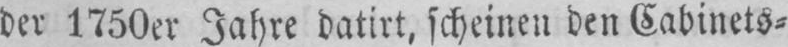
der 1750er Jahre datirt, scheinen den Cabinets⸗